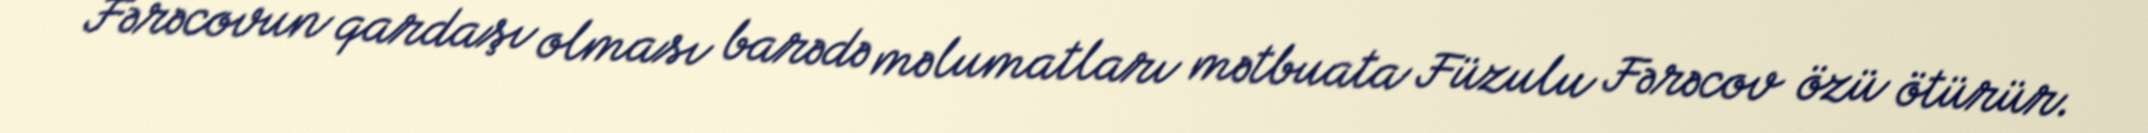
Fərəcovun qardaşı olması barədə məlumatları mətbuata Füzulu Fərəcov özü ötürür.